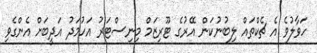
ހަވާލުވެ އެ ޗެކްތައް ލިބުނުކަން އޭރުގެ ޓޫރިޒަމް މިނިސްޓަރު އަހުމަދު އަދީބަށް އެންގެވި